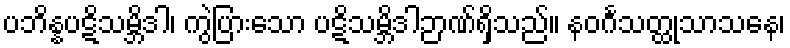
ပဘိန္နပဋိသမ္ဘိဒါ၊ ကွဲပြားသော ပဋိသမ္ဘိဒါဉာဏ်ရှိသည်။ နဝင်္ဂသတ္ထုသာသနေ၊